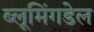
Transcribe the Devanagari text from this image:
ब्लूमिंगडेल